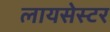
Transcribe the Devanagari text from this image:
लायसेस्टर